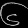
Digit: ၆